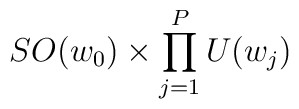
SO(w_0)\times \prod _{j=1}^P U(w_j)